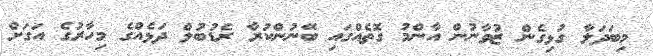
މިބަދަލާ ގުޅިގެން ޒުވާނުން އާންމު ގޮތެއްގައި ބޭނުންކުރާ ރެޑުބުލް ދަޅެއްގެ މިހާރުގެ އަގަށް